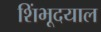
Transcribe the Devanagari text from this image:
शिंभूदयाल